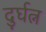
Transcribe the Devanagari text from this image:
दुर्घत्न